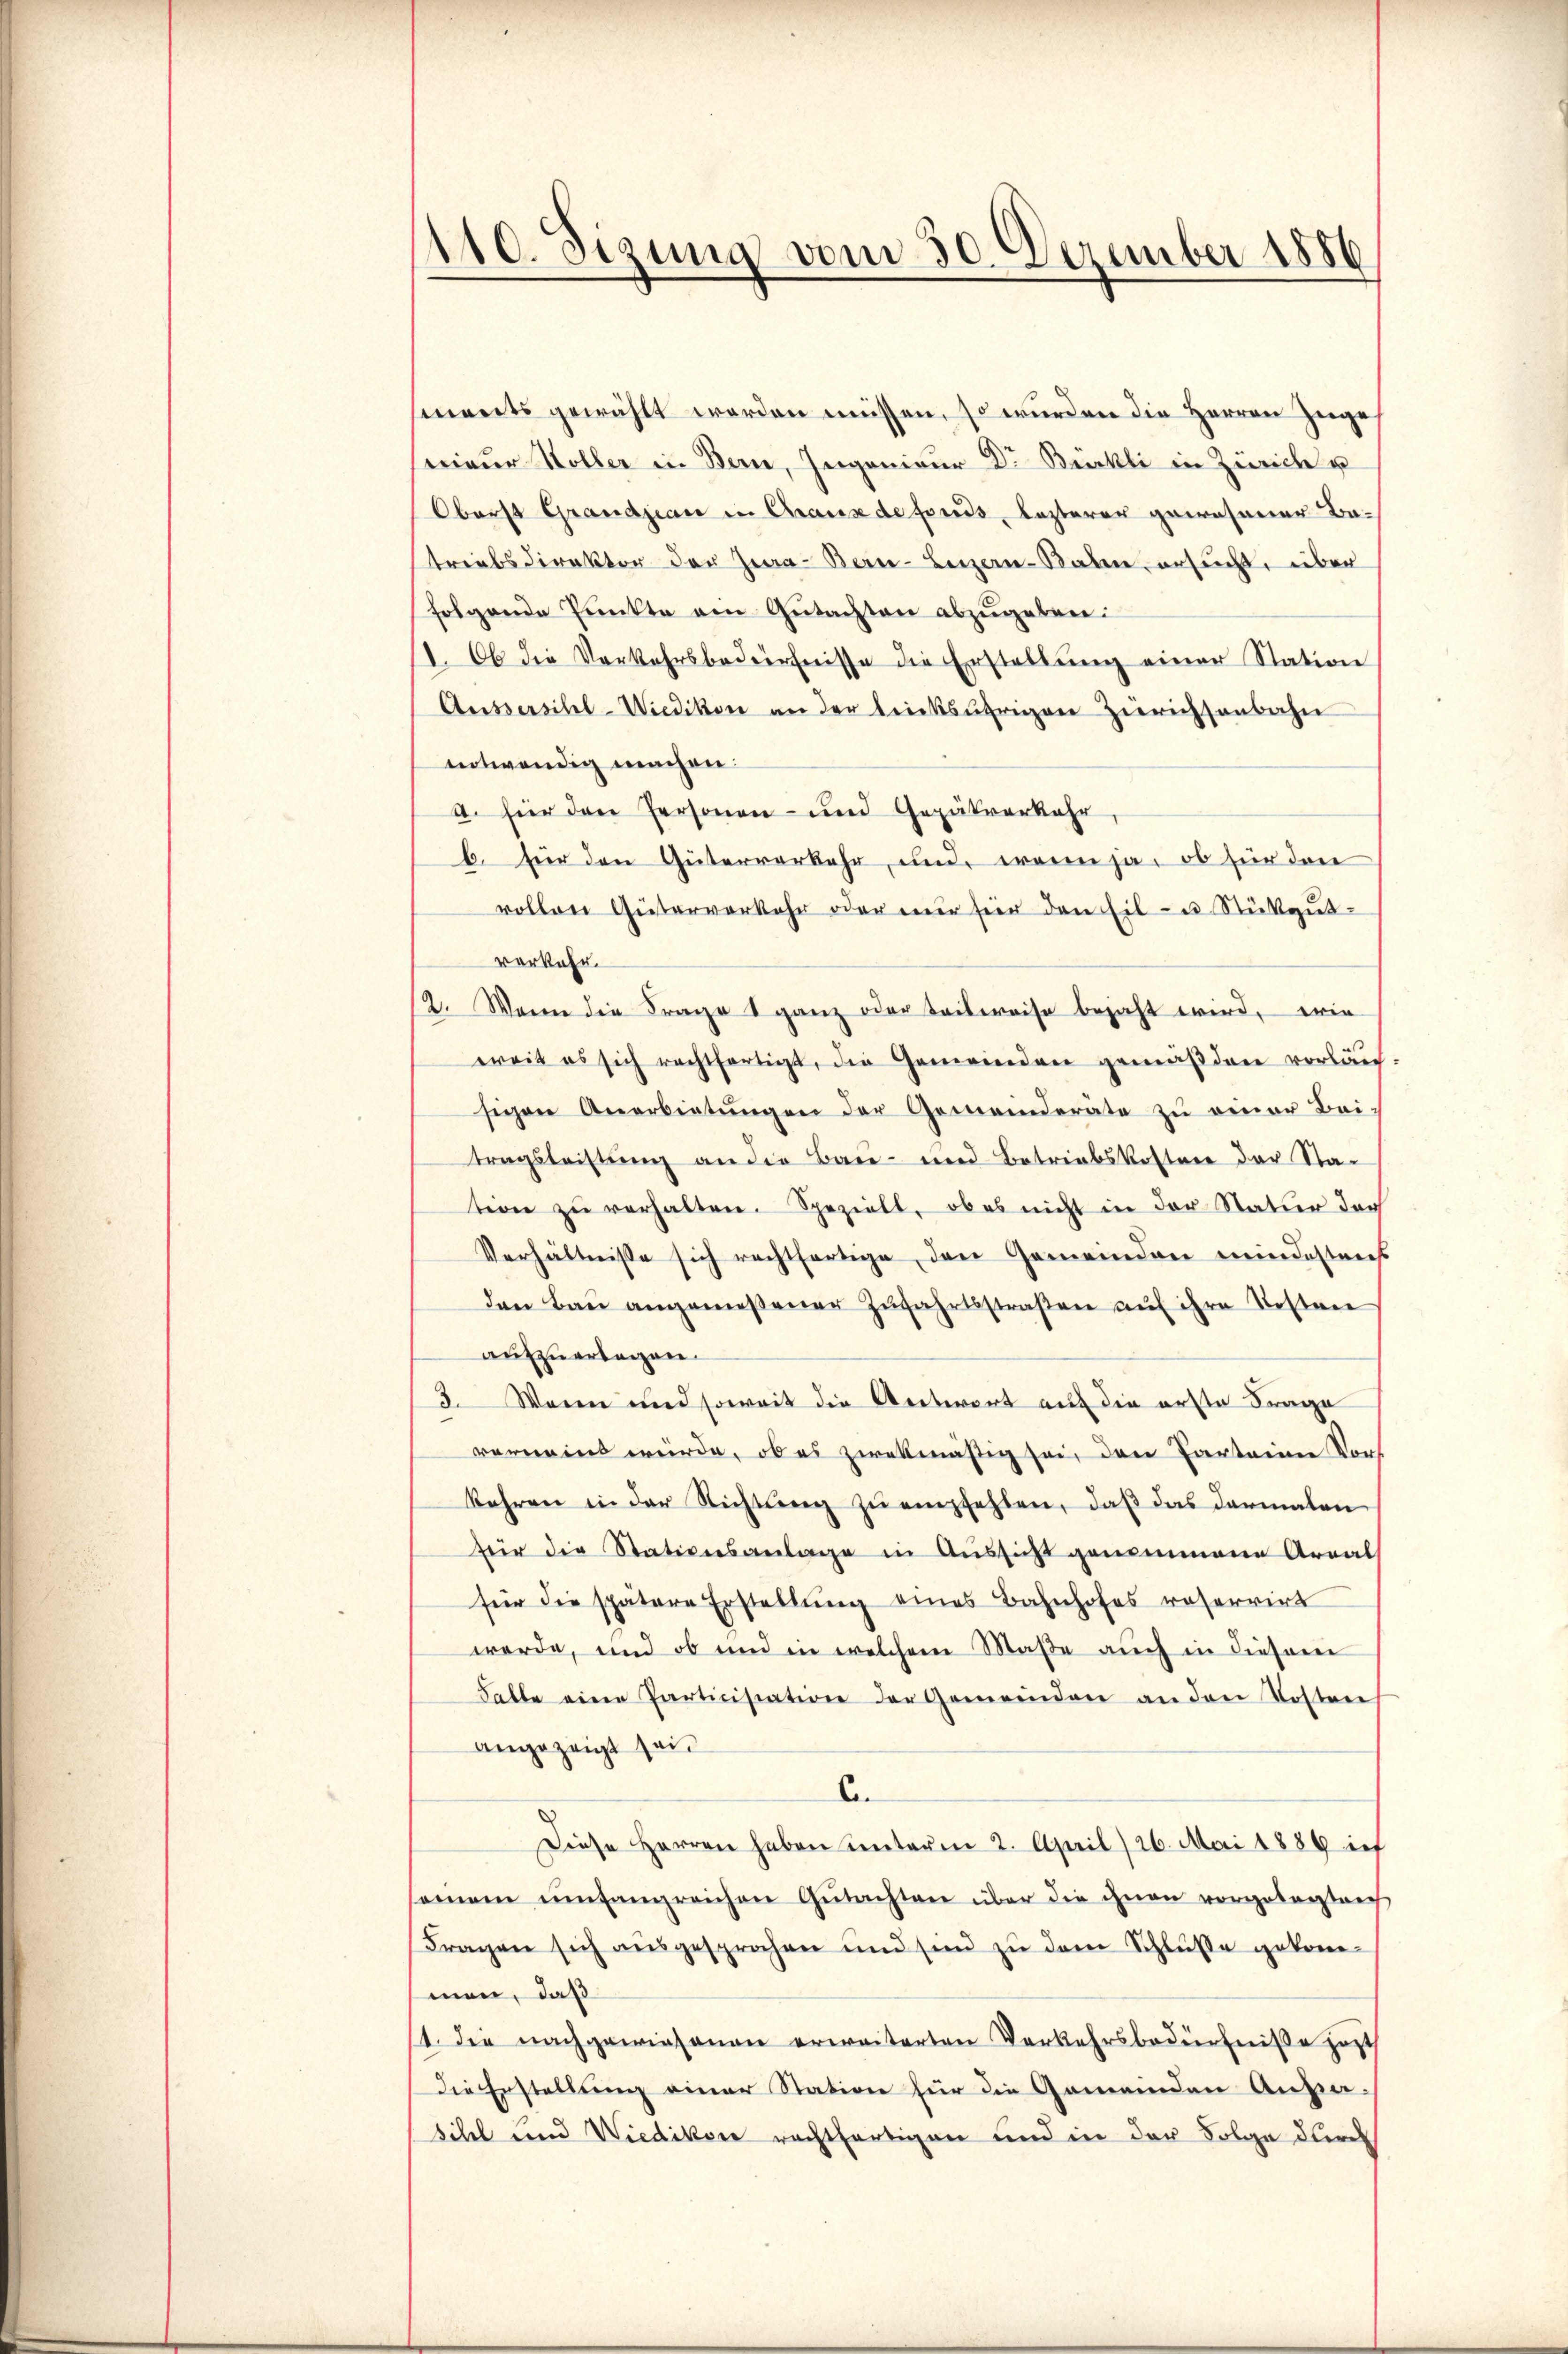
110. Sizung vom 30. Dezember 1886

sments gewählt worden müssen, so wurden die Herren Zuge
serieur Koller in Bern, Ingenieur Dr Bürkli in Zürich u
Oberst Grandjean in Graus de fonds, lezterer gewesener Ba-
triebsdirektor der Zwa-Ben-Beizen-Baben, ersucht, über
folgende Punkte am Gutachten abzugebre¬
I. Ob die Verkehrsbedürfnisse die Erstellŭng einer Station
Ausserschel-Wiedikon an der trinksufrigen Zierichsenbahn
entwendig machen:
a. für den Personen- und Gepätverkehr,
b. für den Güterverkehr, und wenn ja, ob für dene
rollen Güterverkehr oder mir für den Eil- u Stükgŭt-
vorkehr.
12. Wenn die Frage ganz oder Teilweise bejaht wird, ein
weit es sich rechtfertigt, die Gemeinden gemäßen vorläu-
sigen Anerbietŭngen der Gemeinderäte zu einer Bei-
tragsleistŭng an die Bau- und Betriebskosten der Sta-
tion zŭ verhalten. Spezielt, ob es nicht in der Natur doch
Verhältnisse sich rechtfertige den Gemeinden mindestens
den Baŭ angemeßener Zŭfahrtsstraßen auf ihre Kosten
aufzuertagen.
3. Waren und soweit die Antwort auf die erste Frage
verneint würde, ob es zwekmäßig sei, den Parteine Vorkehren in der Richtŭng zŭ empfehlen, daβ das darmalen
für die Stationsanlage in Aŭssicht genommene Areal
für die spätere Erstellung eines Bahnhofes reservirt
werde, und ob und in welchem Maβe aŭch in dieserei
Falte eine Particiscation der Gemeinden an den Kosten
angezeigt sei.
C
Diese Herren haben Unterm 2. April 26. Mai 1886 ich
samen umfangreichen Gutachten über die ihnen vorgelegten
Fragen sich aŭsgesprochen und sind zu dem Schlüsse gekom-
men, daß
11. die nachgewiesenen erweiterten Verkehrsbedürfniße jezt
Die Erstellung einer Station für die Gemeinden Ansa-
sihel und Wiedikon rechtfertigen und in der Folge durch